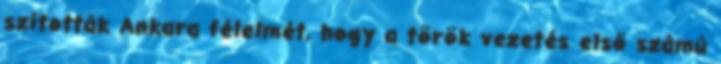
szították Ankara félelmét, hogy a török vezetés első számú